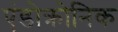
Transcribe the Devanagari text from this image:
एंडोक्रोनिक